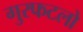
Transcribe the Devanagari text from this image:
गुरफटलो